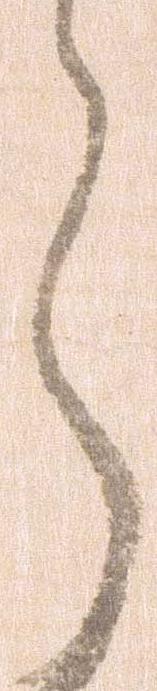
ら